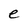
Character: e